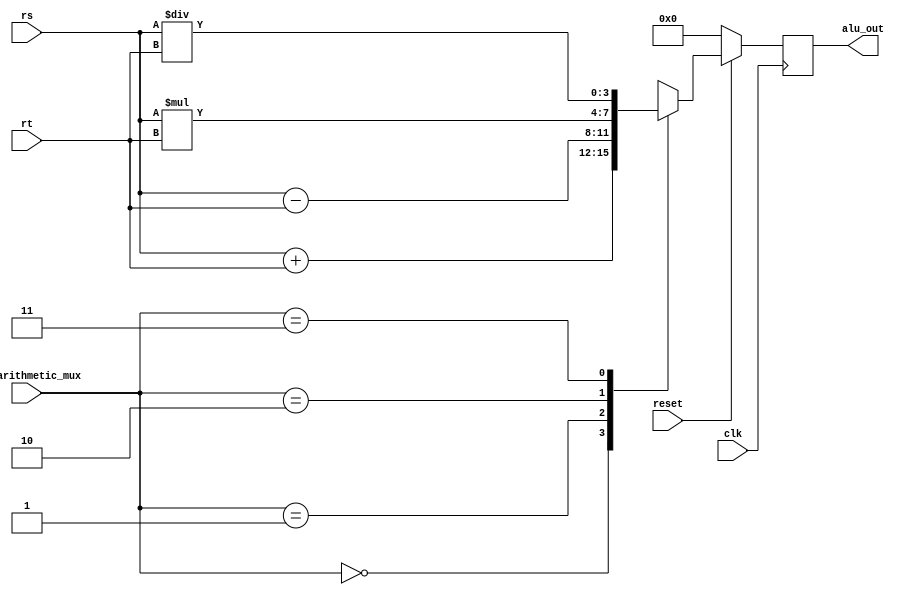
`default_nettype none

module alu (
	input wire clk,
	input wire reset,
	input wire [1:0] alu_arithmetic_mux,
	input wire [3:0] rs,
	input wire [3:0] rt,
	output reg [3:0] alu_out
);
	localparam ADD = 2'b00;
	localparam SUB = 2'b01;
	localparam MUL = 2'b10;
	localparam DIV = 2'b11;

	always @(posedge clk) begin 
		if (!reset) begin 
			alu_out <= 8'b00000000;
        end else begin
            case (alu_arithmetic_mux)
                ADD: alu_out <= rs + rt;
                SUB: alu_out <= rs - rt;
                MUL: alu_out <= rs * rt;
                DIV: alu_out <= rs / rt;
            endcase
		end
    end
endmodule